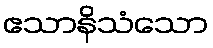
ဧသာနိသံသော